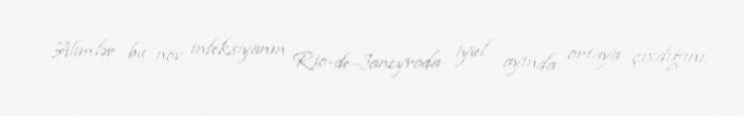
Alimlər bu növ infeksiyanın Rio-de-Janeyroda iyul ayında ortaya çıxdığını,